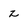
Character: z